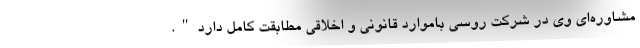
مشاوره‌ای وی در شرکت روسی باموارد قانونی و اخلاقی مطابقت کامل دارد".